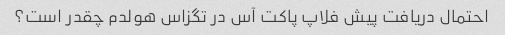
احتمال دریافت پیش فلاپ پاکت آس در تگزاس هولدم چقدر است؟